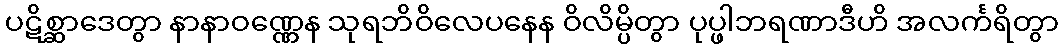
ပဋိစ္ဆာဒေတွာ နာနာဝဏ္ဏေန သုရဘိဝိလေပနေန ဝိလိမ္ပိတွာ ပုပ္ဖါဘရဏာဒီဟိ အလင်္ကရိတွာ